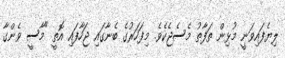
ލިޔެފައިވަނީ މުޅިން ތަފާތު މެސެޖެކެވެ. މިފަހަރުގެ ބެނާގައި ޖަހާފައި އޮތީ "މާސީ ވެންގާ